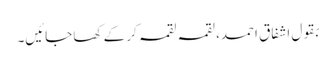
بقول اشفاق احمد، لقمہ لقمہ کر کے کھا جائیں۔